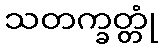
သတက္ခတ္တုံ